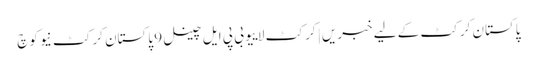
پاکستان کرکٹ کے لیے خبریں | کرکٹ لاییو بی پی ایل چینل 9 پاکستان کرکٹ نیو کوچ